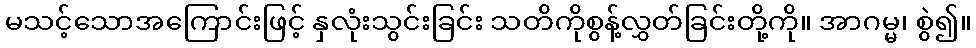
မသင့်သောအကြောင်းဖြင့် နှလုံးသွင်းခြင်း သတိကိုစွန့်လွှတ်ခြင်းတို့ကို။ အာဂမ္မ၊ စွဲ၍။